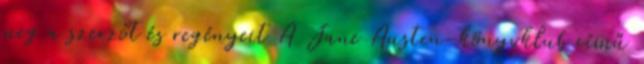
meg a szerzőt és regényeit A Jane Austen-könyvklub című